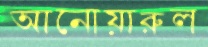
আনোয়ারুল